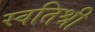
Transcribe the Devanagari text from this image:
स्वतिश्री